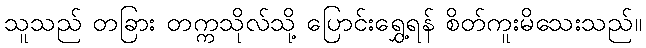
သူသည် တခြား တက္ကသိုလ်သို့ ပြောင်းရွှေ့ရန် စိတ်ကူးမိသေးသည်။